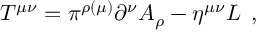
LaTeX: T ^ { \mu \nu } = \pi ^ { \rho ( \mu ) } \partial ^ { \nu } A _ { \rho } - \eta ^ { \mu \nu } { \cal L } \; \, ,